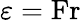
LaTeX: \varepsilon=\textnormal{Fr}